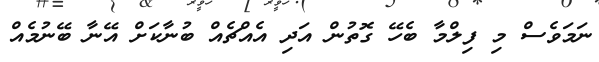
ނަމަވެސް މި ފިލްމާ ބެހޭ ގޮތުން އަދި އެއްޗެއް ބުނާކަށް އޭނާ ބޭނުމެއް